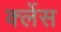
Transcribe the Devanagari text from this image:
क्लेंस